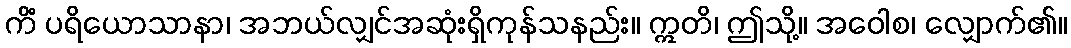
ကိံ ပရိယောသာနာ၊ အဘယ်လျှင်အဆုံးရှိကုန်သနည်း။ ဣတိ၊ ဤသို့။ အဝေါစ၊ လျှောက်၏။